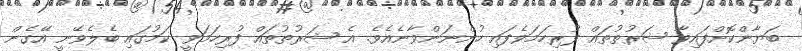
ބަޔާންކޮށްފައިވާ ޝަރުތުތައް ފުރިހަމަވެފައި ހުންނަންވާނެއެވެ. އެ ޝަރުތުތައް ފުރިހަމަވީ ކަމުގައި ބެލެވޭނީ އޭގެން